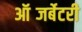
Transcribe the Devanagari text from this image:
ऑब्जर्बेटरी